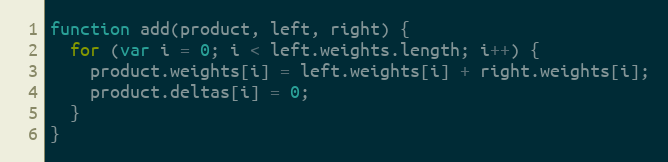
Language: JavaScript
function add(product, left, right) {
  for (var i = 0; i < left.weights.length; i++) {
    product.weights[i] = left.weights[i] + right.weights[i];
    product.deltas[i] = 0;
  }
}